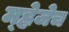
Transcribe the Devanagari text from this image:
म्ह्णेजेच